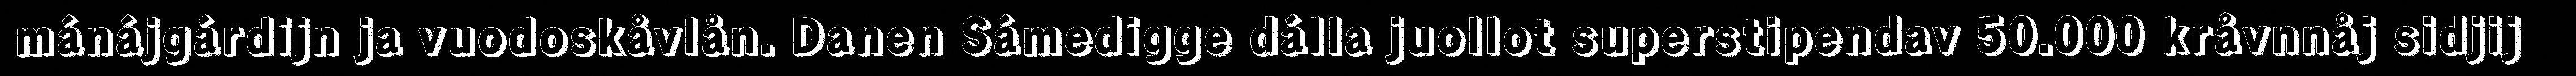
mánájgárdijn ja vuodoskåvlån. Danen Sámedigge dálla juollot superstipendav 50.000 kråvnnåj sidjij